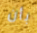
بأن